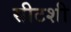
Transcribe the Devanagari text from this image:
सीटशी